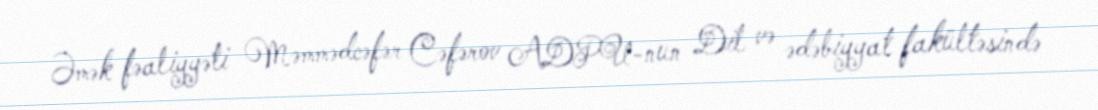
Əmək fəaliyyəti Məmmədcəfər Cəfərov ADPU-nun Dil və ədəbiyyat fakültəsində